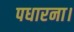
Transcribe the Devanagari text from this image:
पधारना।